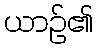
ယာဉ်၏